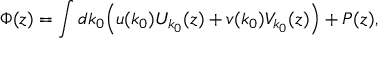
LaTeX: \Phi ( z ) = \int d k _ { 0 } \Bigl ( u ( k _ { 0 } ) U _ { k _ { 0 } } ( z ) + v ( k _ { 0 } ) V _ { k _ { 0 } } ( z ) \Bigr ) + P ( z ) ,